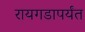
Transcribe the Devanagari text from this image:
रायगडापर्यंत